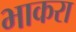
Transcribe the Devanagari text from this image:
भाकरा